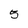
Character: 5